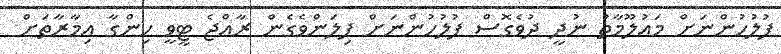
ފުލުހުންނަށް މައުލޫމާތު ނުދީ ދުވެގޮސް ފުލުހުންނަށް ފިލަންވެގެން ރާއްޖެ ޓީވީ ހިންގާ އިމާރާތަށް